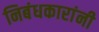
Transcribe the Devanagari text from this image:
निबंधकारांनी